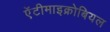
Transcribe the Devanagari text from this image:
ऐंटीमाइक्रोबियल